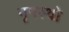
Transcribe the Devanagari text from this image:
नृपस्थो